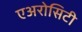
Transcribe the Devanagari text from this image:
एअरोसिटी